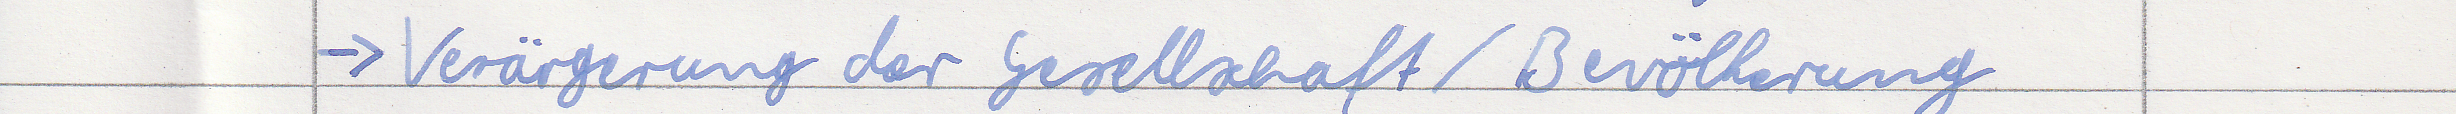
-> Verägerung der Gesellschaft / Bevölkerung